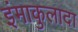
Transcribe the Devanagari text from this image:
इंमाकुलादा